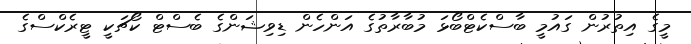
މީގެ އިތުރުން ގައުމީ ބާސްކެޓްބޯޅަ މުބާރާތުގެ އަންހެން ޑިވިޝަންގެ ބެސްޓް ކޯޗަކީ ޓީރެކްސްގެ